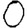
Digit: 0